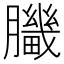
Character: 𦢍